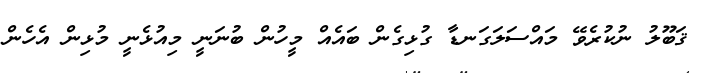
ޤަބޫލު ނުކުރެވޭ މައްސަލަގަނޑާ ގުޅިގެން ބައެއް މީހުން ބުނަނީ މިއުޅެނީ މުޅިން އެހެން